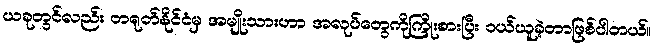
ယခုတွင်လည်း တရုတ်နိုင်ငံမှ အမျိုးသားဟာ အလုပ်တွေကိုကြိုးစားပြီး ဝယ်ယူခဲ့တာဖြစ်ပါတယ်။